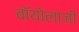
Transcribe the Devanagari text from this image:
बॉयोलाजी